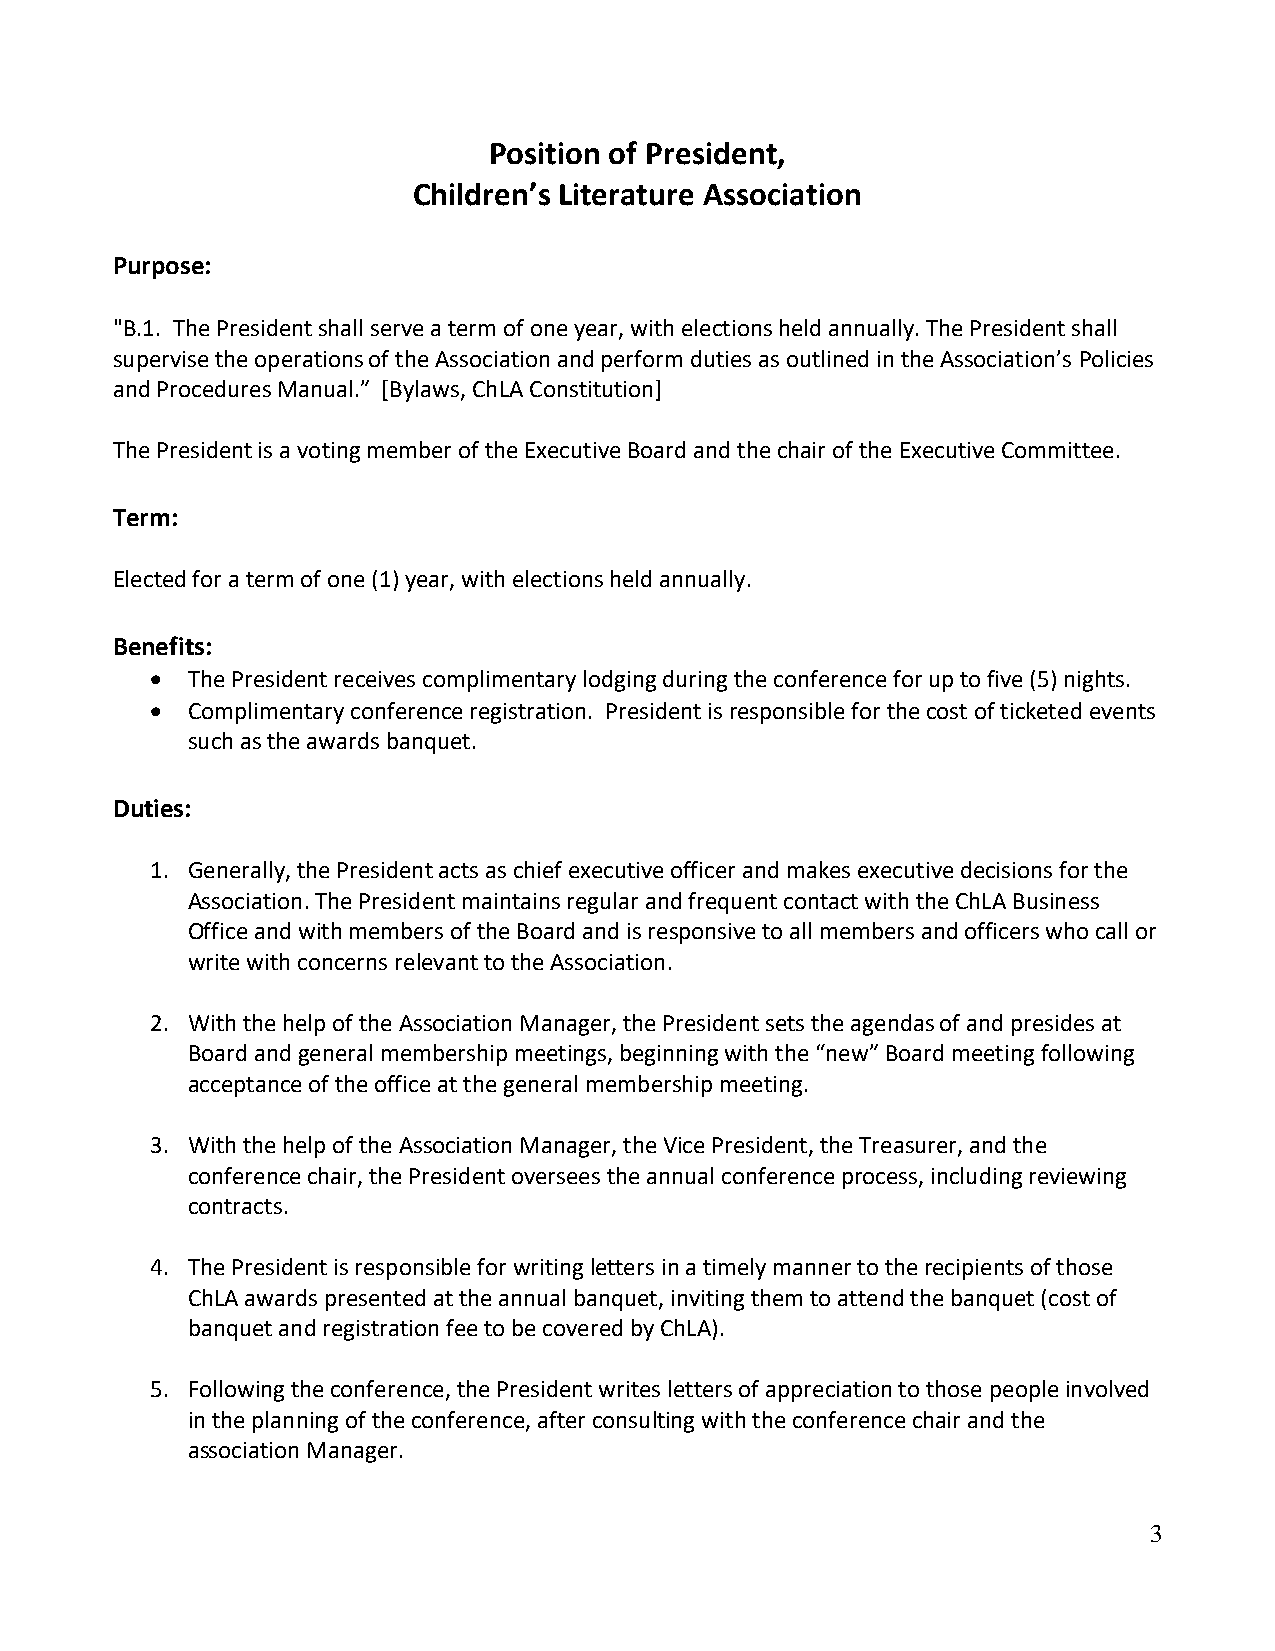
Position of President,
 Children’s Literature Association
 Purpose:
 "B.1. The President shall serve a term of one year, with elections held annually. The President shall
 supervise the operations of the Association and perform duties as outlined in the Association’s Policies
 and Procedures Manual.” [Bylaws, ChLA Constitution]
 The President is a voting member of the Executive Board and the chair of the Executive Committee.
 Term:
 Elected for a term of one (1) year, with elections held annually.
 Benefits:
 • The President receives complimentary lodging during the conference for up to five (5) nights.
 • Complimentary conference registration. President is responsible for the cost of ticketed events
 such as the awards banquet.
 Duties:
 1. Generally, the President acts as chief executive officer and makes executive decisions for the
 Association. The President maintains regular and frequent contact with the ChLA Business
 Office and with members of the Board and is responsive to all members and officers who call or
 write with concerns relevant to the Association.
 2. With the help of the Association Manager, the President sets the agendas of and presides at
 Board and general membership meetings, beginning with the “new” Board meeting following
 acceptance of the office at the general membership meeting.
 3. With the help of the Association Manager, the Vice President, the Treasurer, and the
 conference chair, the President oversees the annual conference process, including reviewing
 contracts.
 4. The President is responsible for writing letters in a timely manner to the recipients of those
 ChLA awards presented at the annual banquet, inviting them to attend the banquet (cost of
 banquet and registration fee to be covered by ChLA).
 5. Following the conference, the President writes letters of appreciation to those people involved
 in the planning of the conference, after consulting with the conference chair and the
 association Manager.
 3